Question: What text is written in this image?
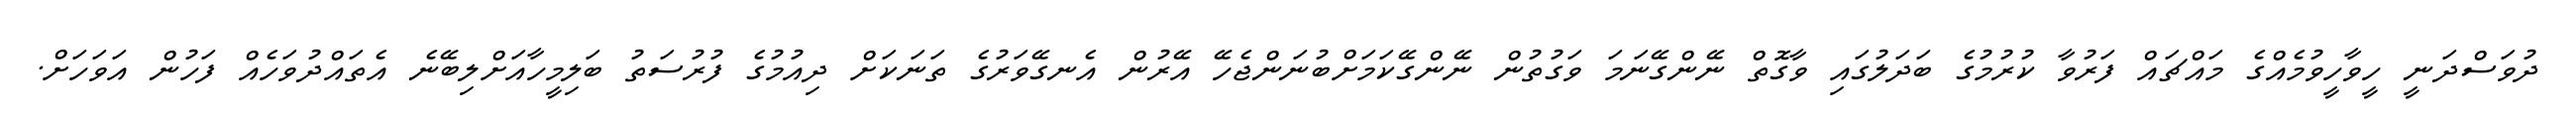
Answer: ދުވަސްދަނީ ހީވާހީވުމެއްގެ މައްޗައް ފަރުވާ ކުރުމުގެ ބަދަލުގައި ވާގޮތް ނޭންގޭނަމަ ވަގުތުން ނޭންގޭކަމަށްބުނަންޖެހޭ އޭރުން އެނގޭވަރުގެ ތަނަކަށް ދިއުމުގެ ފުރުސަތު ބަލިމީހާއަށްލިބޭނެ އެތައްދުވަހެއް ފަހުން އަވަހަށް.